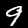
Digit: 9